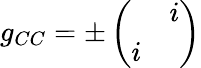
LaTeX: g_{CC}=\pm\left(\begin{array}{cc}{{}}&{{i}}\\ {{i}}&{{}}\end{array}\right)